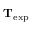
\mathbf { T } _ { \mathrm { e x p } }